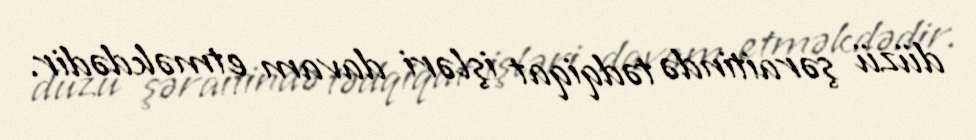
düzü şəraitində tədqiqat işləri davam etməkdədir.